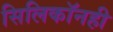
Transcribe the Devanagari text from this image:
सिलिकॉनही